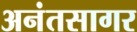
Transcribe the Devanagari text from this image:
अनंतसागर